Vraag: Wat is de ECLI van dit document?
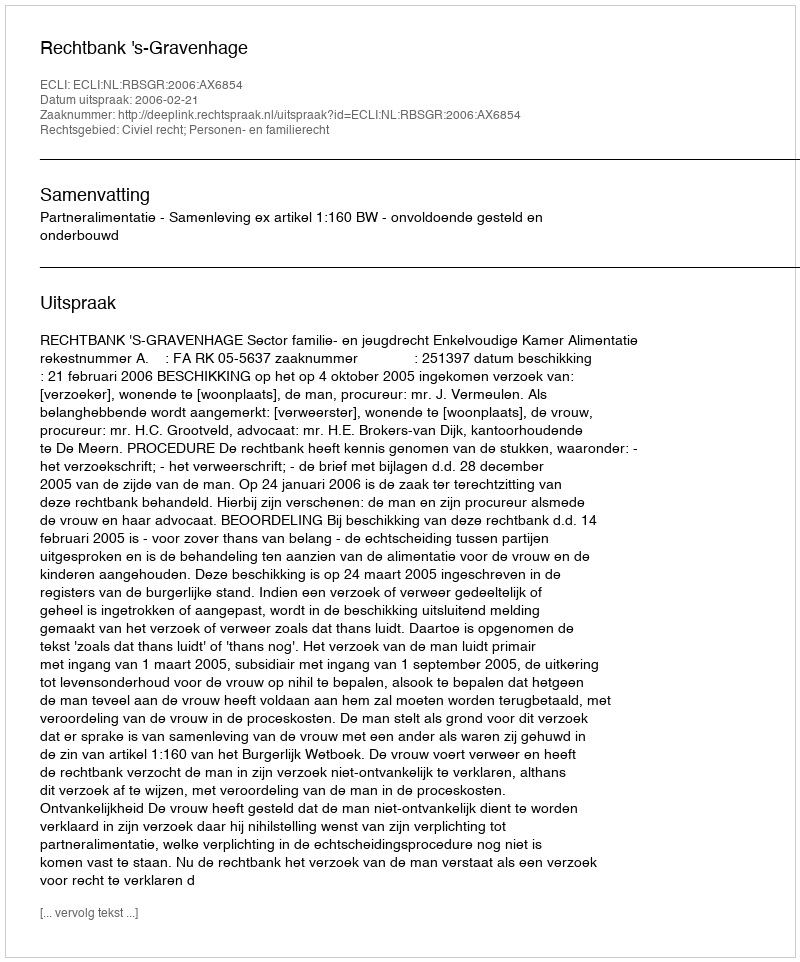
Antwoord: ECLI:NL:RBSGR:2006:AX6854